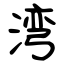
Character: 湾